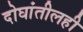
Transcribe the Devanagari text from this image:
दोघांतीलही